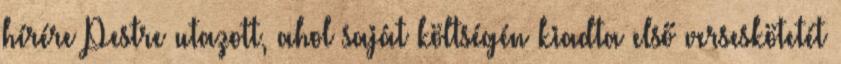
hírére Pestre utazott, ahol saját költségén kiadta első verseskötetét